Civil Veterinary Dept. Bombay admin report 1900-1906 - 1900-1906
Year: 1900
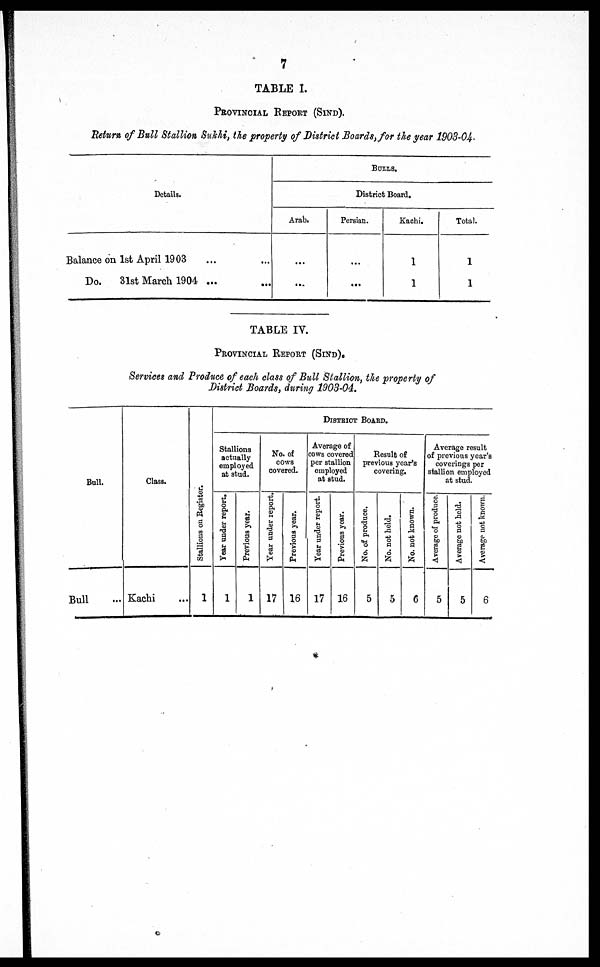
7
TABLE I.
PROVINCIAL REPORT (SIND).
Return of Bull Stallion Sukhi, the property of District Boards ,for the year 1903-04.
Details.
Balance on 1st April 1903
...
...
Do.
31st March
1904...
...
BULLS.
District Board.
Arab.
...
...
Persian.
...
...
Kachi.
1
1
Total.
1
1
TABLE IV.
PROVINCIAL REPORT (SIND).
Services and Produce of each class of Bull Stallion, the property of
District Boards, during 1903-04.
Bull.
Bull
Class.
Kachi ...
Stallions on Register.
1
DlSTRICT BOARD.
Stallions
actually
employed
at stud.
Year under report.
1
Previous year.
1
No. of
cows
covered.
Year under report.
17
Previous year.
16
Average of
cows covered
per stallion
employed
at stud.
Year under report.
17
Previous year.
16
Result of
previous year's
covering.
No. of produce.
5
No. not held.
5
No. not known.
6
Average result
of previous year's
coverings per
stallion employed
at stud.
Average of produce.
5
Average not held.
5
Average not known.
6